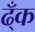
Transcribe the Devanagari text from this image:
ढ्ँक